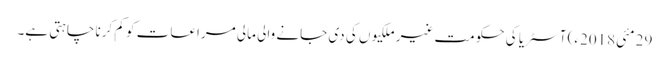
29 مئی2018ء) آسٹریا کی حکومت غیر ملکیوں کی دی جانے والی مالی مراعات کو کم کرنا چاہتی ہے۔